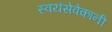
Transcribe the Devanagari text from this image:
स्वयंसेवेकानी